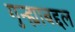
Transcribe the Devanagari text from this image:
गुन्ह्याबद्दल